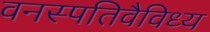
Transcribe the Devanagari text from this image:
वनस्पतिवैविध्य